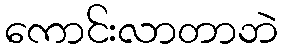
ကောင်းလာတာဘဲ